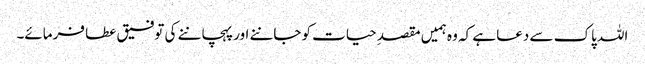
اللہ پاک سے دعا ہے کہ وہ ہمیں مقصدِ حیات کو جاننے اور پہچاننے کی توفیق عطا فرمائے۔